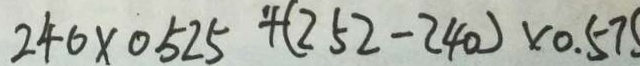
2 4 0 \times 0 5 2 5 + ( 2 5 2 - 2 4 0 ) \times 0 . 5 7